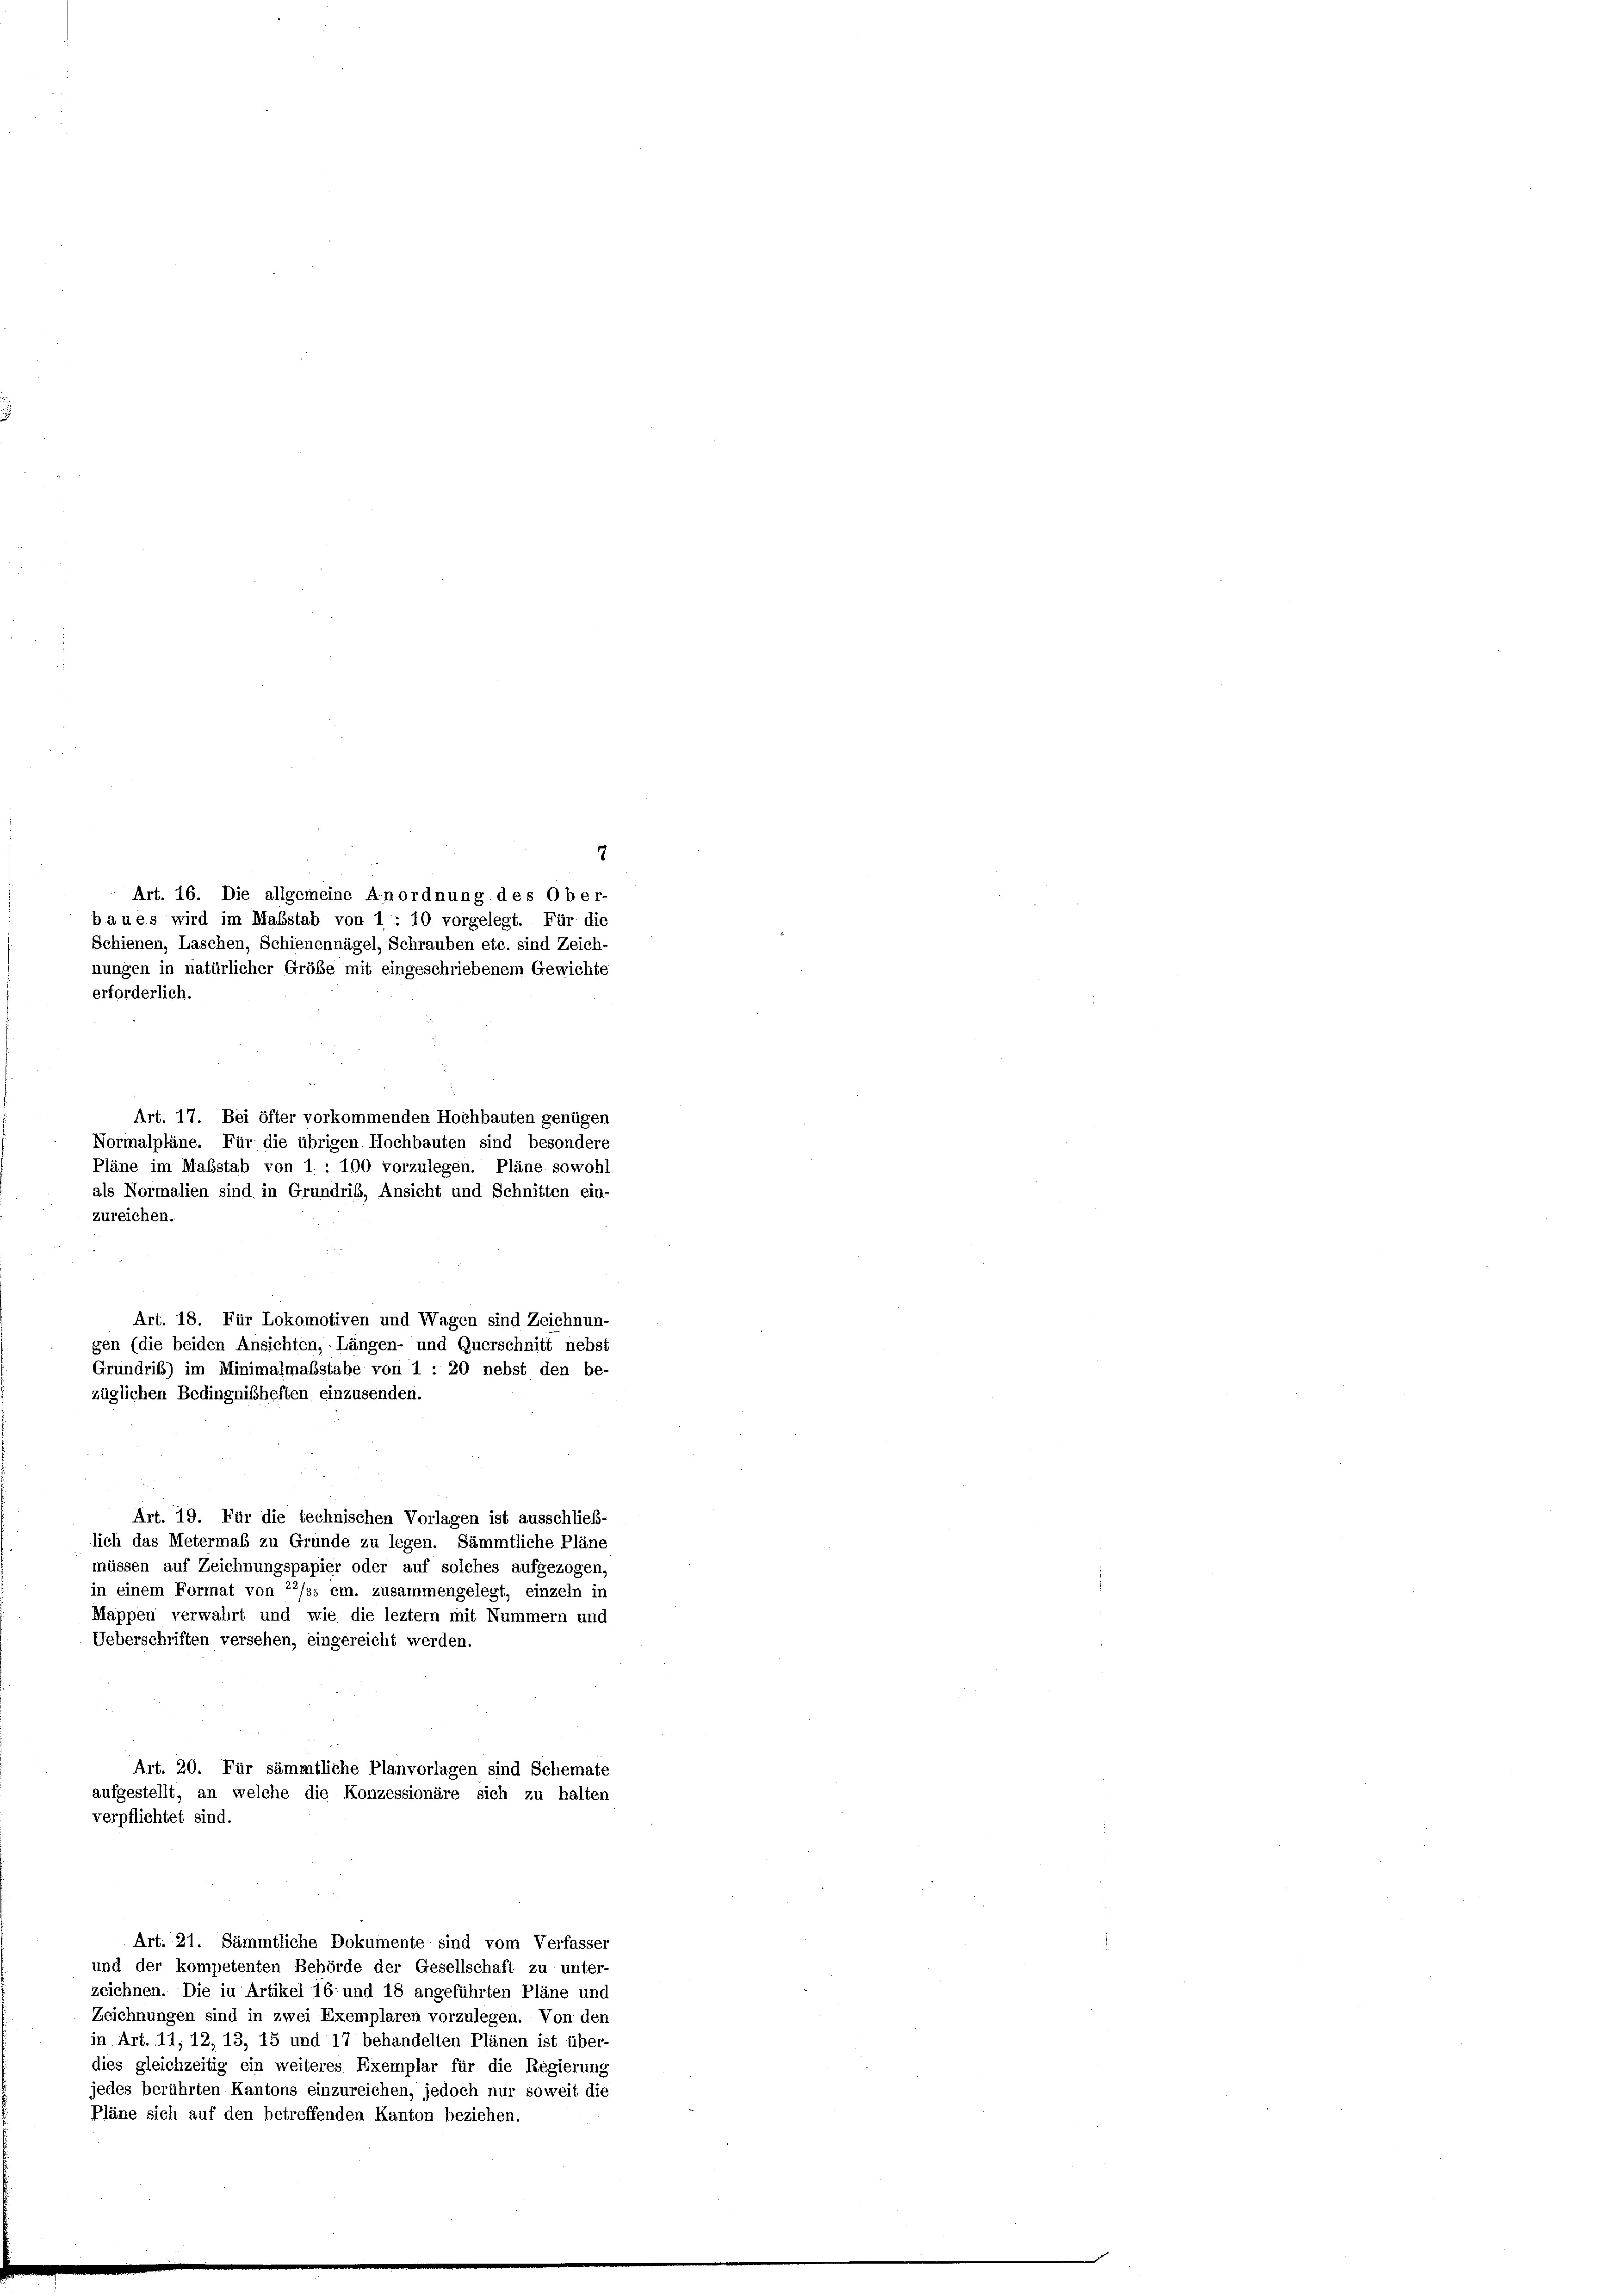
7
Art. 16. Die allgemeine Anordnung des Ober-
Art. 17. Bei öfter vorkommenden Hochbauten genügen
Normalpläne. Für die übrigen Hochbauten sind besondere
Pläne im Maßstab von 1. : 100 vorzulegen. Pläne sowohl
als Normalien sind in Grundris, Ansicht und Schnitten ein-
zureichen.
Art. 19. Für die technischen Vorlagen ist ausschließ-
lich das Metermaß zu Grunde zu legen. Sämmtliche Pläne
müssen auf Zeichnungspapier oder auf solches aufgezogen,
in einem Format von 22/ss cm. zusammengelegt, einzeln in
Mappen verwahrt und wie die leztem mit Nummern und
Ueberschriften versehen, eingereicht werden.
Art. 20. Für sämmtliche Planvorlagen sind Schemate
aufgestellt, an welche die Konzessionäre sich zu halten
verpflichtet sind.
Art. 21. Sämmtliche Dokumente sind vom Verfasser
und der kompetenten Behörde der Gesellschaft zu unter-
zeichnen. Die in Artikel 16 und 18 angeführten Pläne und
Zeichnungen sind in zwei Exemplaren vorzulegen. Von den
in Art. 11, 12, 13, 15 und 17 behandelten Plänen ist über-
dies gleichzeitig ein weiteres Exemplar für die Regierung
jedes berührten Kantons einzureichen, jedoch nur soweit die
Pläne sich auf den betreffenden Kanton beziehen.

baues wird im Maßstab von 1 : 10 vorgelegt. Für die
Schienen, Laschen, Schienennägel, Schrauben etc. sind Zeich-
nungen in natürlicher Größe mit eingeschriebenem Gewichte
erforderlich.

Art. 18. Für Lokomotiven und Wagen sind Zeichnun-
gen (die beiden Ansichten, Längen- und Querschnitt nebst
Grundrib) im Minimalmalstabe von 1 : 20 nebst den be-
züglichen Bedingnißheften einzusenden.